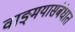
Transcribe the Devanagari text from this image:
वाङ्‌मयासंबंधात